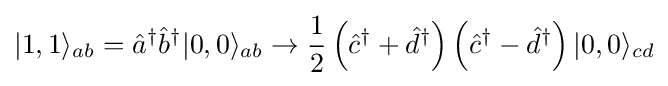
|1,1\rangle _{ab}={\hat {a}}^{\dagger }{\hat {b}}^{\dagger }|0,0\rangle _{ab}\to {\frac {1}{2}}\left({\hat {c}}^{\dagger }+{\hat {d}}^{\dagger }\right)\left({\hat {c}}^{\dagger }-{\hat {d}}^{\dagger }\right)|0,0\rangle _{cd}